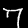
Digit: 7